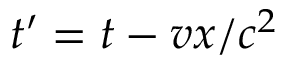
t ^ { \prime } = t - v x / c ^ { 2 }